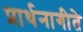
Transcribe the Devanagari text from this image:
प्रार्थनागीते